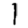
Digit: 1